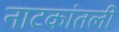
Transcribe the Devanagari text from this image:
नाटकांतली